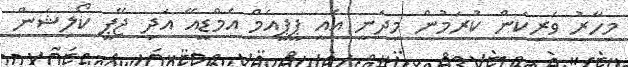
މިހާރު ވެރިކަން ކުރަމުން މިދަނީ އެއީ ޕީޕީއެމް އެމްޑީއޭ އަދި ޖޭޕީ ކޯލިޝަން